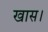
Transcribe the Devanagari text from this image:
खास।